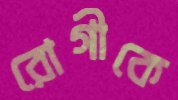
রোগীকে